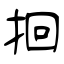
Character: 𫝻